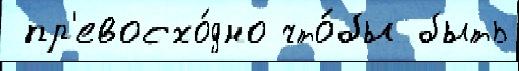
 пр'евосхо́дно что́бы быть